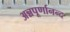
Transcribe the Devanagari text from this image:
अन्नपूर्णानन्द